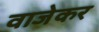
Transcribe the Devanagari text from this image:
वाजेकर